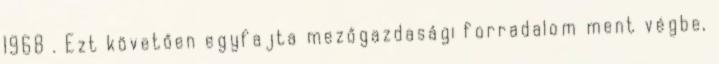
1968 . Ezt követően egyfajta mezőgazdasági forradalom ment végbe,